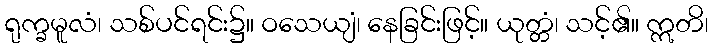
ရုက္ခမူလံ၊ သစ်ပင်ရင်း၌။ ဝသေယျံ၊ နေခြင်းဖြင့်။ ယုတ္တံ၊ သင့်၏။ ဣတိ၊